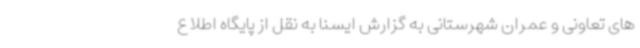
های تعاونی و عمران شهرستانی به گزارش ایسنا به نقل از پایگاه اطلاع